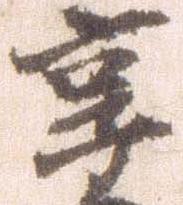
享